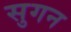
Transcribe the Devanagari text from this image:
सुगन